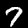
Digit: 7